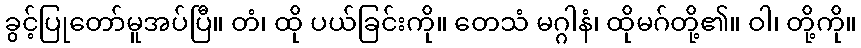
ခွင့်ပြုတော်မူအပ်ပြီ။ တံ၊ ထို ပယ်ခြင်းကို။ တေသံ မဂ္ဂါနံ၊ ထိုမဂ်တို့၏။ ဝါ၊ တို့ကို။